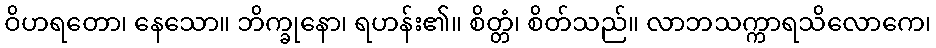
ဝိဟရတော၊ နေသော။ ဘိက္ခုနော၊ ရဟန်း၏။ စိတ္တံ၊ စိတ်သည်။ လာဘသက္ကာရသိလောကေ၊